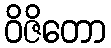
ဝိဇိတော